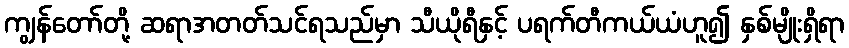
ကျွန်တော်တို့ ဆရာအတတ်သင်ရသည်မှာ သီယိုရီနှင့် ပရက်တီကယ်ယံဟူ၍ နှစ်မျိုးရှိရာ